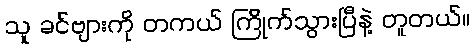
သူ ခင်ဗျားကို တကယ် ကြိုက်သွားပြီနဲ့ တူတယ်။